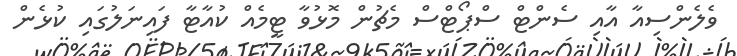
ވެލެންސިއާ އާއި ސެންޓް ސްޕޯޓްސް މެޗުން މޮޅުވާ ޓީމެއް ކުއާޓާ ފައިނަލުގައި ކުޅެން